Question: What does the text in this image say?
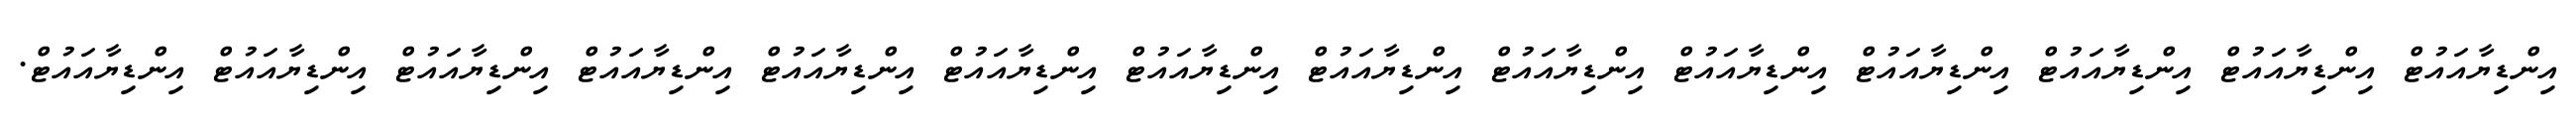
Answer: އިންޑިޔާއައުޓް އިންޑިޔާއައުޓް އިންޑިޔާއައުޓް އިންޑިޔާއައުޓް އިންޑިޔާއައުޓް އިންޑިޔާއައުޓް އިންޑިޔާއައުޓް އިންޑިޔާއައުޓް އިންޑިޔާއައުޓް އިންޑިޔާއައުޓް އިންޑިޔާއައުޓް އިންޑިޔާއައުޓް އިންޑިޔާއައުޓް އިންޑިޔާއައުޓް.